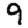
Digit: 9